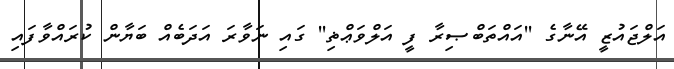
އަލްޖައުޒީ އޭނާގެ ''އައްތަބްޞިރާ ފީ އަލްވަޢްޡި'' ގައި ނަވާރަ އަދަބެއް ބަޔާން ކުރައްވާފައި